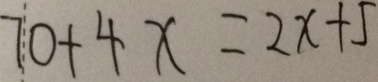
7 0 + 4 x = 2 x + 5